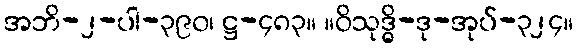
အဘိ-၂-ပါ-၃၉၀၊ ဋ္ဌ-၄၈၃။ ။ဝိသုဒ္ဓိ-ဒု-အုပ်-၃၂၄။